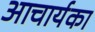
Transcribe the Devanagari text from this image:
अाचार्यका